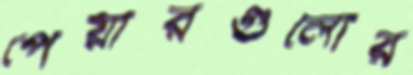
পেয়ারগুলোর